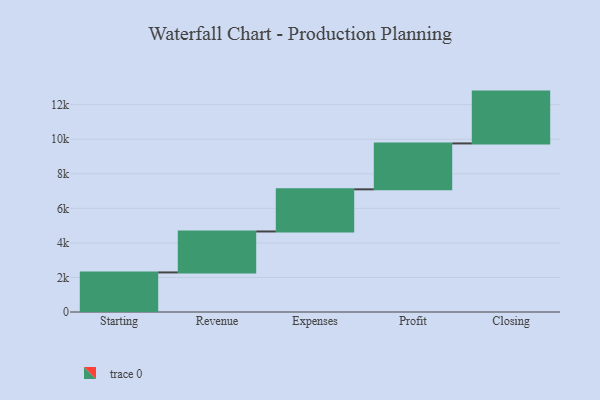
{"axis": {"x": "Step", "y": "Value"}, "legend": [""], "data": [{"x": "Starting", "y": 2290.0, "type": ""}, {"x": "Revenue", "y": 2371.0, "type": ""}, {"x": "Expenses", "y": 2439.0, "type": ""}, {"x": "Profit", "y": 2656.0, "type": ""}, {"x": "Closing", "y": 3000, "type": ""}]}